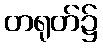
တရုတ်၌